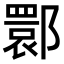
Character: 𬪗